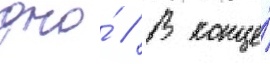
дно́ // В конце́